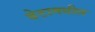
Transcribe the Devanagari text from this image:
बेटामधील